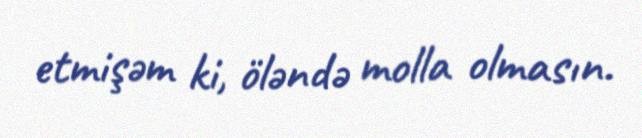
etmişəm ki, öləndə molla olmasın.